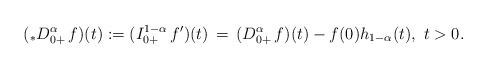
LaTeX: \begin{align*}( _*D^\alpha_{0+}\, f)(t) := (I^{1-\alpha}_{0+}\, f^\prime)(t) \, = \, (D^\alpha_{0+}\, f)(t) - f(0)h_{1-\alpha}(t),\ t>0.\end{align*}